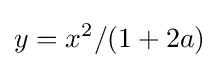
y=x^{2}/(1+2a)